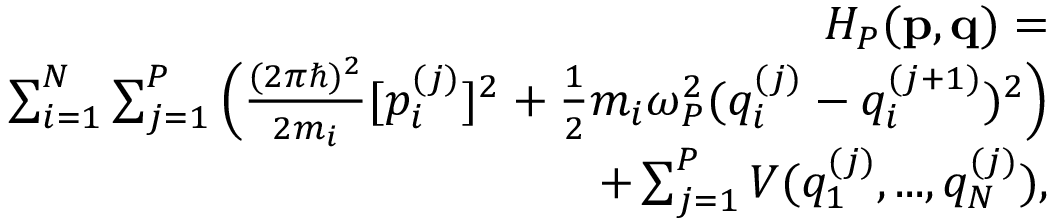
\begin{array} { r } { H _ { P } ( \mathbf { p } , \mathbf { q } ) = } \\ { \sum \displaylimits _ { i = 1 } ^ { N } \sum \displaylimits _ { j = 1 } ^ { P } \Big ( \frac { ( 2 \pi \hbar ) ^ { 2 } } { 2 m _ { i } } [ p _ { i } ^ { ( j ) } ] ^ { 2 } + \frac { 1 } { 2 } m _ { i } \omega _ { P } ^ { 2 } ( q _ { i } ^ { ( j ) } - q _ { i } ^ { ( j + 1 ) } ) ^ { 2 } \Big ) } \\ { + \sum \displaylimits _ { j = 1 } ^ { P } V ( q _ { 1 } ^ { ( j ) } , . . . , q _ { N } ^ { ( j ) } ) , } \end{array}